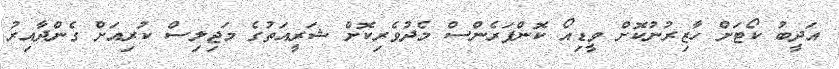
އަދީބު ކޯޓަށް ހާޒިރުނުކޮށް ވީޑިއޯ ކޮންފަރެންސް މެދުވެރިކޮށް ޝަރީއަތުގެ މަޖިލިސް ކުރިއަށް ގެންދާއިރު